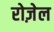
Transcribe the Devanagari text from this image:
रोज़ेल